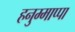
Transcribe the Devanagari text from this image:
हनुम्माप्पा